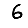
Digit: 6